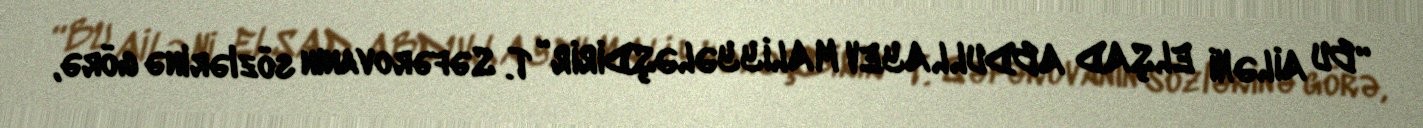
“BU AİLƏNİ ELŞAD ABDULLAYEV MALİYYƏLƏŞDİRİR” T. Səfərovanın sözlərinə görə,